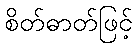
စိတ်ဓာတ်ဖြင့်